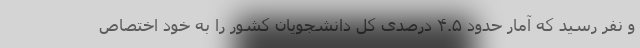
و نفر رسید که آمار حدود ۴.۵ درصدی کل دانشجویان کشور را به خود اختصاص